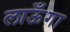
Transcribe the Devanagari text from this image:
लाऊँगा